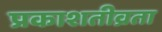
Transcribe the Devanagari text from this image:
प्रकाशतीव्रता